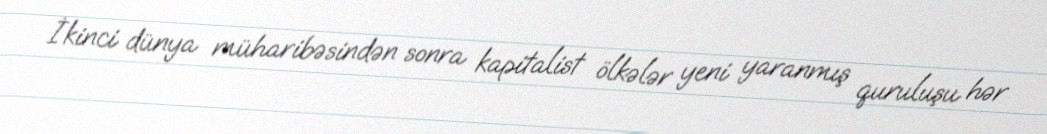
İkinci dünya müharibəsindən sonra kapitalist ölkələr yeni yaranmış quruluşu hər